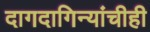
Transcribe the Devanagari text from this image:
दागदागिन्यांचीही